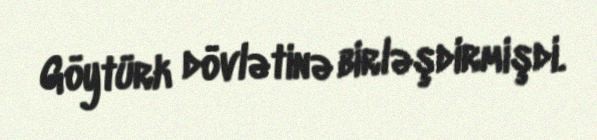
Göytürk dövlətinə birləşdirmişdi.